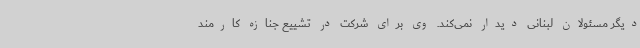
دیگر مسئولان لبنانی دیدار نمی‌کند. وی برای شرکت در تشییع جنازه کارمند